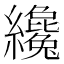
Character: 纔